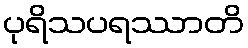
ပုရိသပရဿာတိ